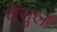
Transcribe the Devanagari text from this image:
चैंसुल